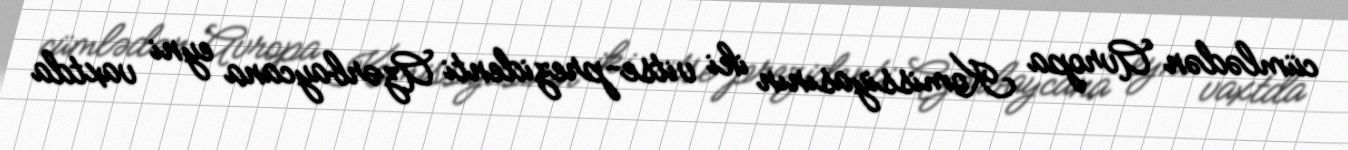
cümlədən Avropa Komissiyasının iki vitse-prezidenti Azərbaycana eyni vaxtda